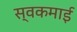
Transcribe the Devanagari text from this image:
स्वकमाई